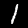
Label: 1